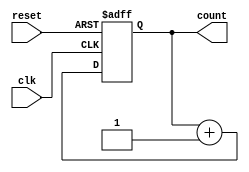
module synchronous_counter (
    input wire clk,  // Clock input
    input wire reset,  // Reset input
    output reg [3:0] count  // 4-bit output count
);

always @(posedge clk or posedge reset) begin
    if (reset) begin
        count <= 4'b0000;  // Reset count to 0
    end else begin
        count <= count + 1;  // Increment count on rising edge of clock
    end
end

endmodule